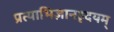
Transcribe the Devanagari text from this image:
प्रत्याभिज्ञानहृदयम्